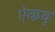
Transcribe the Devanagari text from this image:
ऐकवू